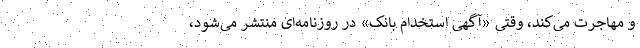
و مهاجرت می‌کند، وقتی «آگهی استخدام بانک» در روزنامه‌ای منتشر می‌شود،